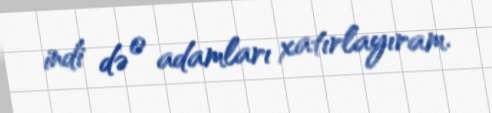
indi də o adamları xatırlayıram.